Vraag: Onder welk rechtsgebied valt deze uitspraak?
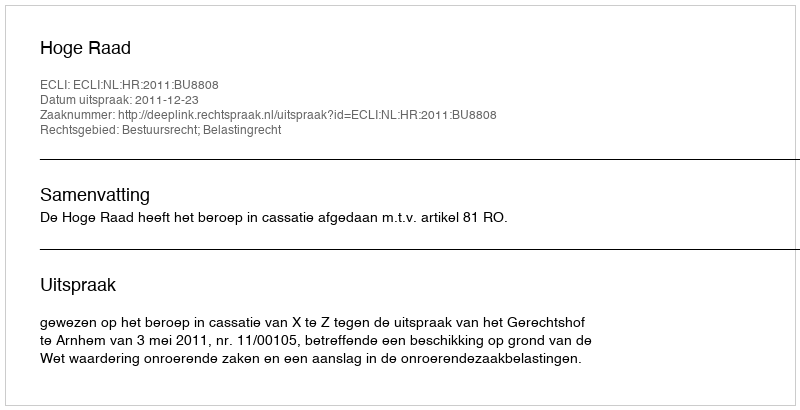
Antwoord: Bestuursrecht; Belastingrecht